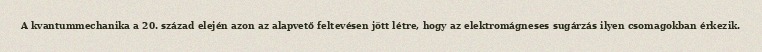
A kvantummechanika a 20. század elején azon az alapvető feltevésen jött létre, hogy az elektromágneses sugárzás ilyen csomagokban érkezik.